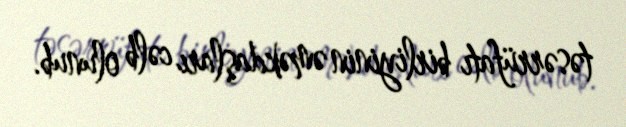
təsərrüfatı birliyinin əməkdaşları cəlb olunub.